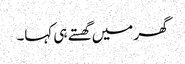
گھر میں گھستے ہی کہا۔